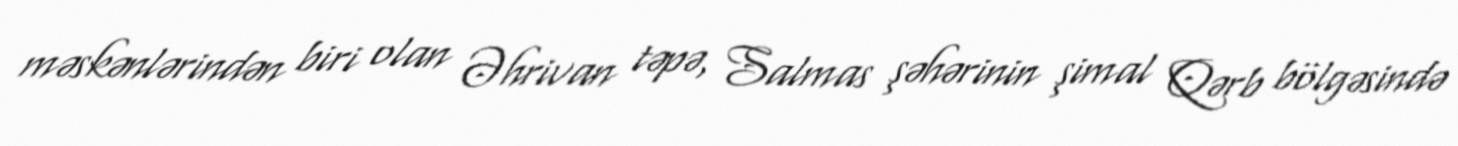
məskənlərindən biri olan Əhrivan təpə, Salmas şəhərinin şimal Qərb bölgəsində